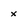
Character: x